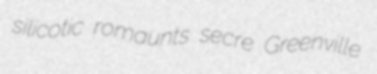
silicotic romaunts secre Greenville